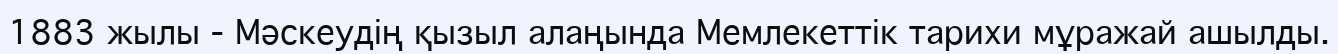
1883 жылы - Мәскеудің қызыл алаңында Мемлекеттік тарихи мұражай ашылды.